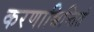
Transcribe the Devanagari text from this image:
करणाच्चिन्तितं